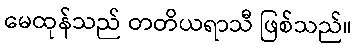
မေထုန်သည် တတိယရာသီ ဖြစ်သည်။